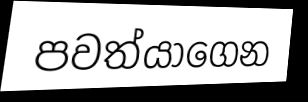
පවත්යාගෙන